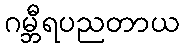
ဂမ္ဘီရပညတာယ